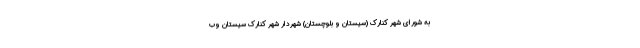
به شورای شهر کنارک (سیستان و بلوچستان) شهردار شهر کنارک سیستان وب